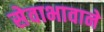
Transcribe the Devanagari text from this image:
सेवाभावाने